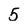
Character: 5